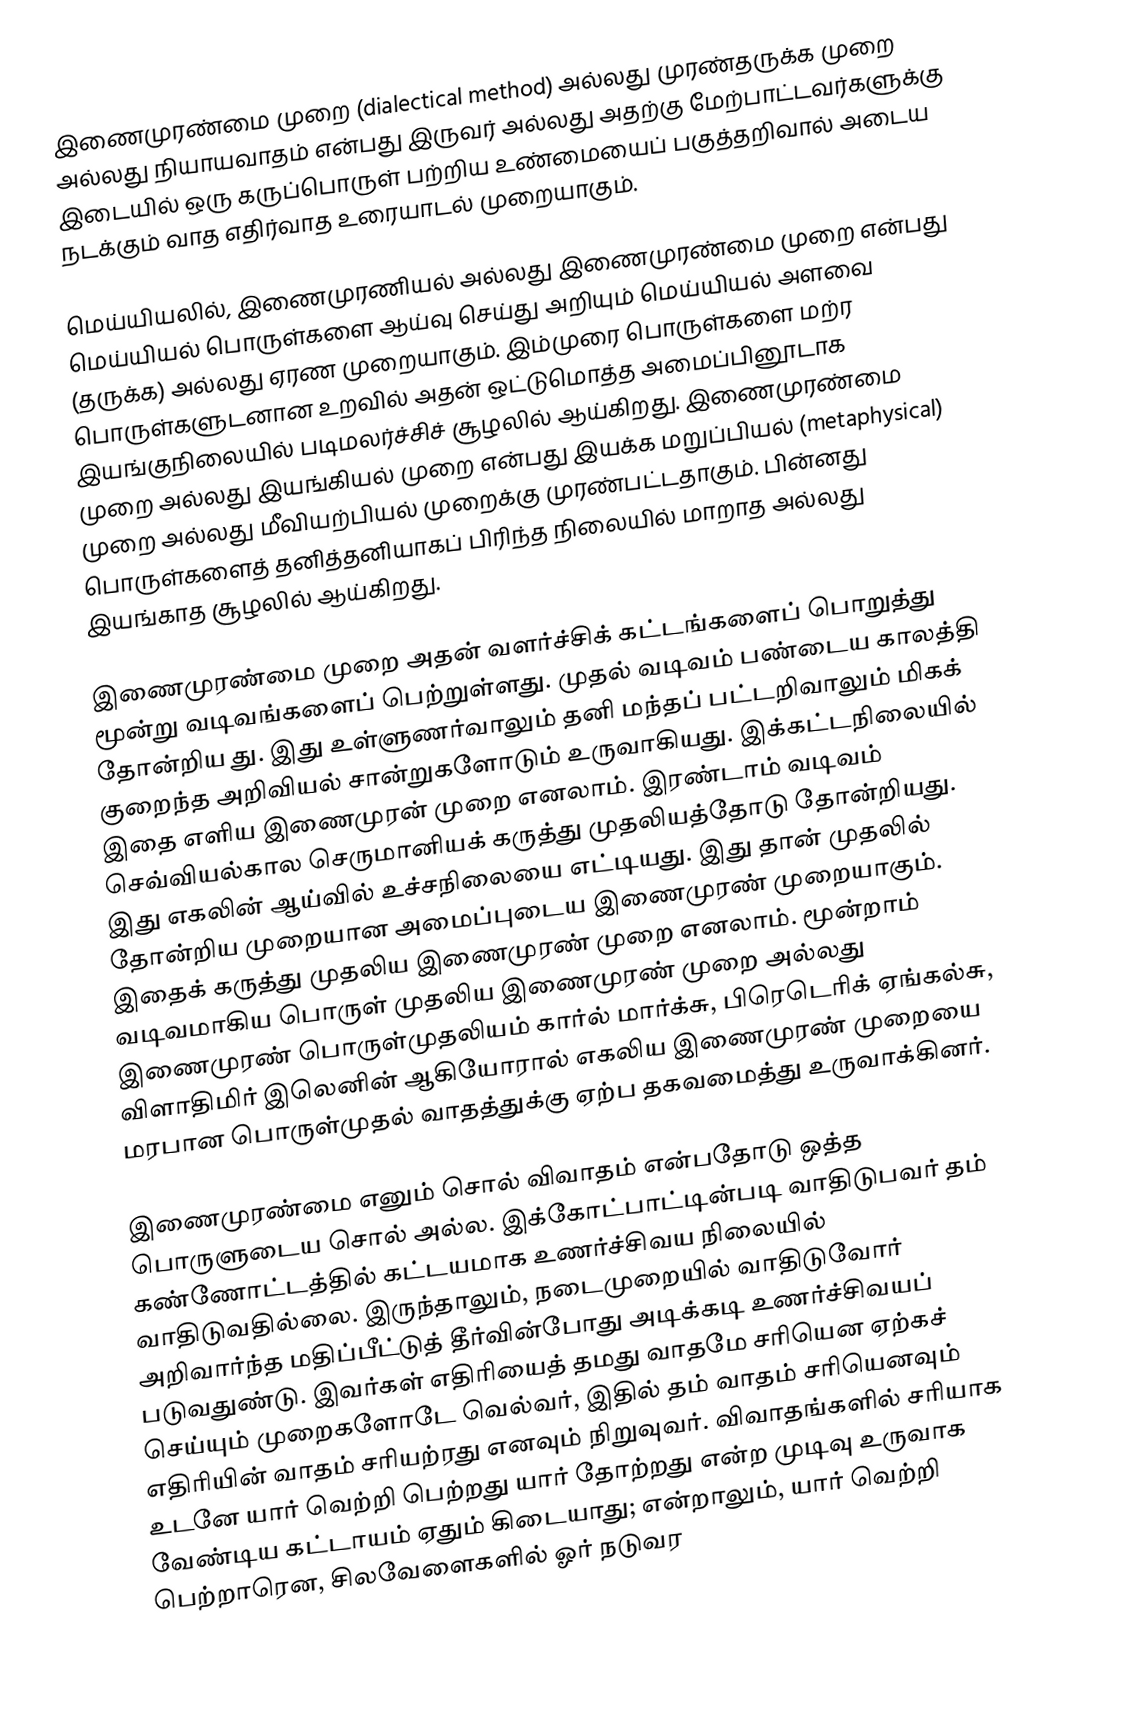
இணைமுரண்மை முறை (dialectical method) அல்லது முரண்தருக்க முறை அல்லது நியாயவாதம் என்பது இருவர் அல்லது அதற்கு மேற்பாட்டவர்களுக்கு இடையில் ஒரு கருப்பொருள் பற்றிய உண்மையைப் பகுத்தறிவால் அடைய நடக்கும் வாத எதிர்வாத உரையாடல் முறையாகும்.

மெய்யியலில், இணைமுரணியல் அல்லது இணைமுரண்மை முறை என்பது மெய்யியல் பொருள்களை ஆய்வு செய்து அறியும் மெய்யியல் அளவை (தருக்க) அல்லது ஏரண முறையாகும். இம்முரை பொருள்களை மற்ர பொருள்களுடனான உறவில் அதன் ஒட்டுமொத்த அமைப்பினூடாக இயங்குநிலையில் படிமலர்ச்சிச் சூழலில் ஆய்கிறது. இணைமுரண்மை முறை அல்லது இயங்கியல் முறை என்பது  இயக்க மறுப்பியல் (metaphysical) முறை அல்லது மீவியற்பியல் முறைக்கு முரண்பட்டதாகும். பின்னது பொருள்களைத் தனித்தனியாகப் பிரிந்த நிலையில் மாறாத அல்லது இயங்காத சூழலில் ஆய்கிறது.

இணைமுரண்மை முறை அதன் வளர்ச்சிக் கட்டங்களைப் பொறுத்து மூன்று வடிவங்களைப் பெற்றுள்ளது. முதல் வடிவம் பண்டைய காலத்தி தோன்றிய து. இது உள்ளுணர்வாலும் தனி மந்தப் பட்டறிவாலும் மிகக் குறைந்த அறிவியல் சான்றுகளோடும் உருவாகியது. இக்கட்டநிலையில் இதை எளிய இணைமுரன் முறை எனலாம். இரண்டாம் வடிவம் செவ்வியல்கால செருமானியக் கருத்து முதலியத்தோடு தோன்றியது. இது எகலின் ஆய்வில் உச்சநிலையை எட்டியது. இது தான் முதலில் தோன்றிய முறையான அமைப்புடைய இணைமுரண் முறையாகும். இதைக் கருத்து முதலிய இணைமுரண் முறை எனலாம். மூன்றாம் வடிவமாகிய பொருள் முதலிய இணைமுரண் முறை அல்லது இணைமுரண் பொருள்முதலியம் கார்ல் மார்க்சு, பிரெடெரிக் ஏங்கல்சு, விளாதிமிர் இலெனின் ஆகியோரால் எகலிய இணைமுரண் முறையை  மரபான பொருள்முதல் வாதத்துக்கு ஏற்ப தகவமைத்து உருவாக்கினர்.

இணைமுரண்மை எனும் சொல் விவாதம் என்பதோடு ஒத்த பொருளுடைய சொல் அல்ல. இக்கோட்பாட்டின்படி வாதிடுபவர் தம் கண்ணோட்டத்தில் கட்டயமாக உணர்ச்சிவய நிலையில் வாதிடுவதில்லை. இருந்தாலும், நடைமுறையில் வாதிடுவோர் அறிவார்ந்த மதிப்பீட்டுத் தீர்வின்போது அடிக்கடி உணர்ச்சிவயப் படுவதுண்டு. இவர்கள் எதிரியைத் தமது வாதமே சரியென ஏற்கச் செய்யும் முறைகளோடே வெல்வர், இதில் தம் வாதம் சரியெனவும் எதிரியின் வாதம் சரியற்ரது எனவும் நிறுவுவர். விவாதங்களில் சரியாக உடனே யார் வெற்றி பெற்றது யார் தோற்றது என்ற முடிவு உருவாக வேண்டிய கட்டாயம் ஏதும் கிடையாது; என்றாலும், யார் வெற்றி பெற்றாரென, சிலவேளைகளில் ஓர் நடுவர